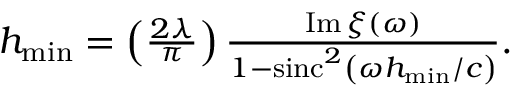
\begin{array} { r } { h _ { \mathrm { m i n } } = \left( \frac { 2 \lambda } { \pi } \right) \frac { \operatorname { I m } \xi ( \omega ) } { 1 - \operatorname { s i n c } ^ { 2 } \left( \omega h _ { \mathrm { m i n } } / c \right) } . } \end{array}